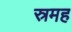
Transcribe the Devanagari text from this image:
स्रमह